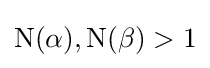
\mathrm {N} (\alpha ),\mathrm {N} (\beta )>1